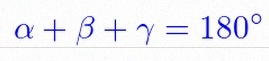
\alpha+\beta+\gamma=180^\circ